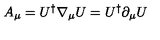
A _ { \mu } = U ^ { \dagger } \nabla _ { \mu } U = U ^ { \dagger } \partial _ { \mu } U \